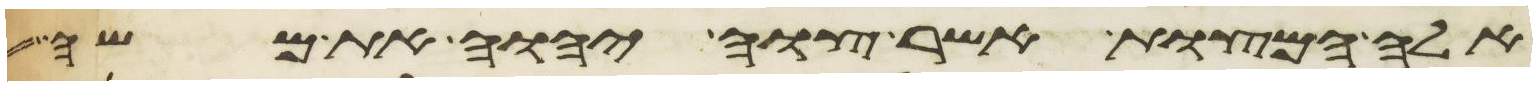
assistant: אלה המצות אשר צוה יהוה את משה